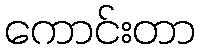
ကောင်းတာ